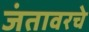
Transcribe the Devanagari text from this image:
जंतावरचे